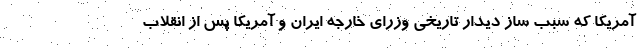
آمریکا که سبب ساز دیدار تاریخی وزرای خارجه ایران و آمریکا پس از انقلاب